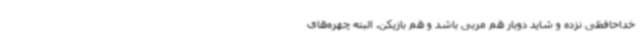
خداحافظی نزده و شاید دوبار هم مربی باشد و هم بازیکن. البته چهره‌های